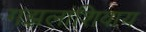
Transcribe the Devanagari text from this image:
गझलांशिवाय